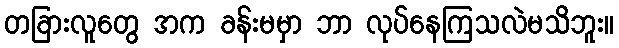
တခြားလူတွေ အက ခန်းမမှာ ဘာ လုပ်နေကြသလဲမသိဘူး။